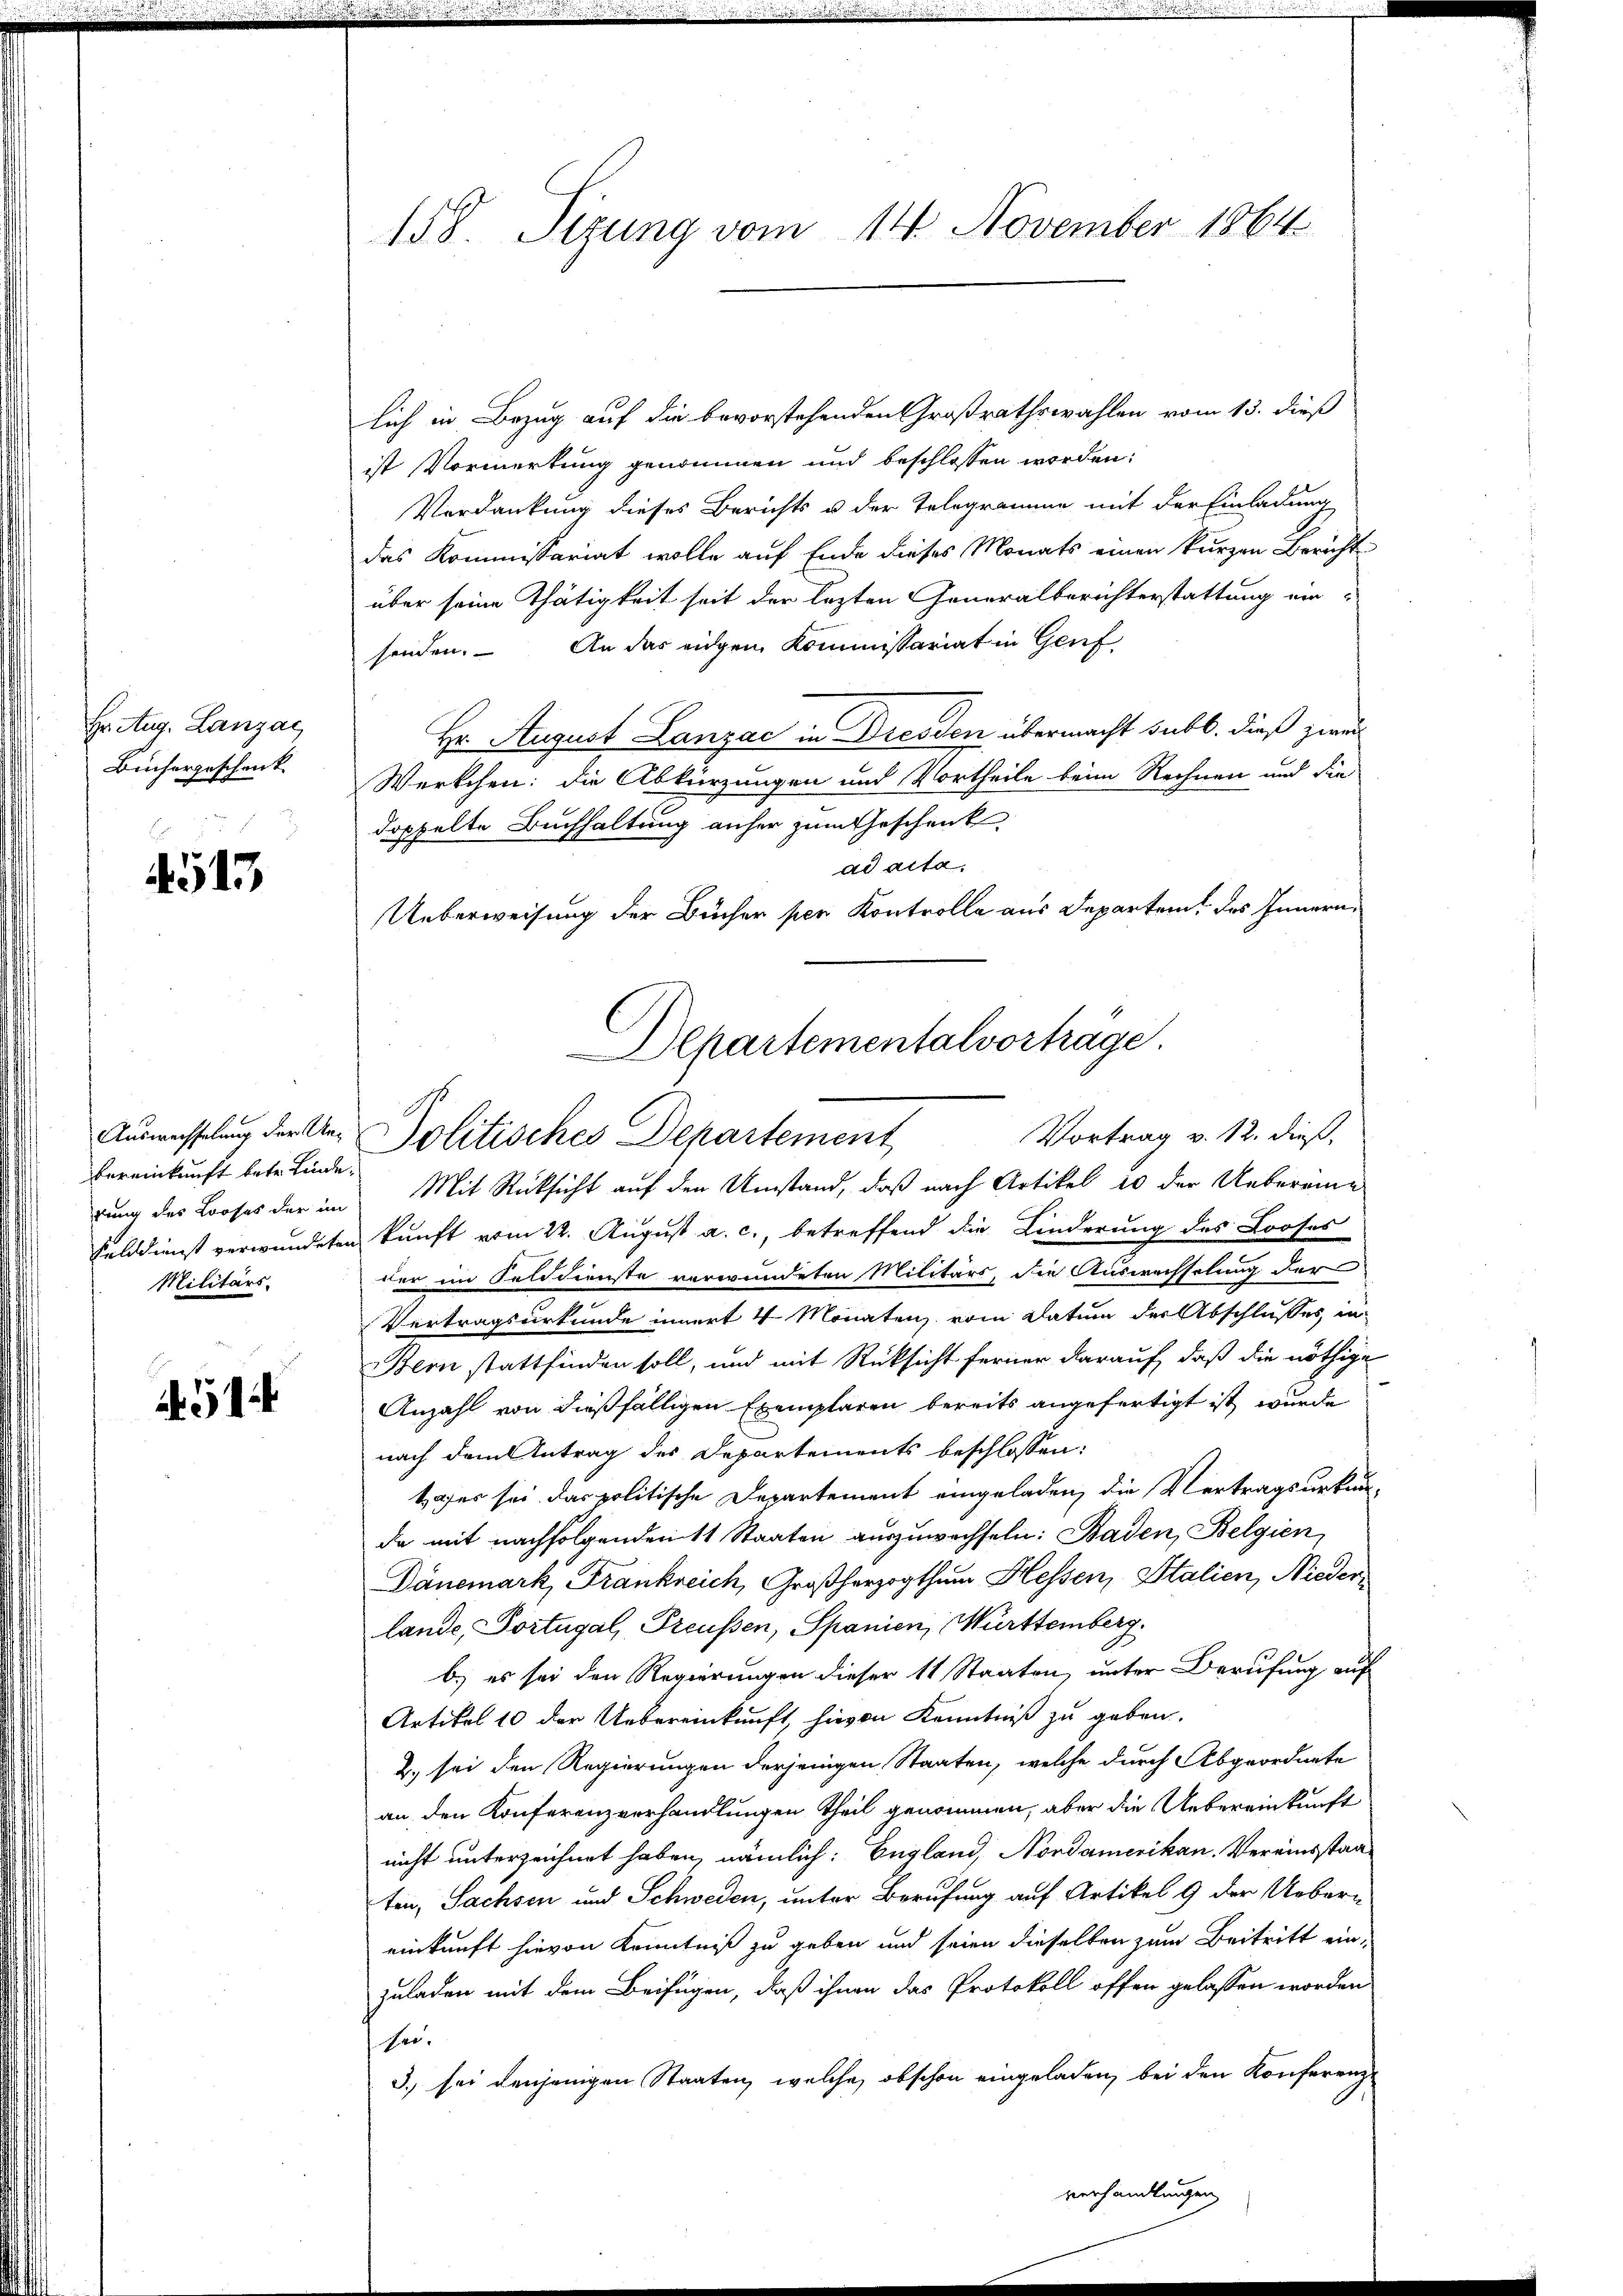
Hr. Aug. Lanzac
Büchergeschenk.

¬
513

Bereinkunft betr. Finde¬
Militärs.

51

158. Sizung vom 14. November 1864

lich in Bezug auf die bevorstehenden Großrathswahlen vom 13. dieß
ist Vormerkung genommen und beschlossen worden:
Verdankung dieses Berichts u der Telegramme mit der Einladung
das Kommissariat wolle auf Ende dieses Monats einen kurzen Bericht
über seine Thätigkeit seit der lezten Generalberichterstattung ein-
senden. An das eigen Kommissariat in Genf
Hr. August Lanzac in Dresden übermacht subt. dieß zwei
Werkchen: die Abkürzungen und Vortheile beim Rechnen und die
doppelte Buchhaltung anher zum Geschenk
ad acta,
Ueberweisung der Bücher per Kontrolle aus Departem des Innern,
rung des Looses der im Mit Rücksicht auf den Umstand, daß nach Artikel 10 der Uebereine
Felddienst verwundeten kunft vom 22. August a. c., betreffend die Linderung des Looses
der im Felddienste verwundeten Militärs, die Auswechselung der
Vertragsurkunde innert 4 Monaten vom Datum der Abschlusses in
Bern stattfinden soll, und mit Rücksicht ferner darauf, daß die nöthige
Anzahl von dießfälligen Exemplaren bereits angefertigt ist wurde
nach dem Antrag des Departements beschlossen:
tafer sei das politische Departement eingeladen, die Vertragsurkun-
da mit nachfolgenden 11 Staaten auszuwechseln: Baden, Belgien,
Dänemark, Frankreich, Großherzogthum Hessen, Stalien, Nieder
lande, Portugal, Preussen, Spanien, Württemberg.
b) es sei den Regierungen dieser 11 Staaten, unter Berufung auf
Artikel 10 der Uebereinkunft, hievon Kenntniß zu geben.
2.) sei den Regierungen derjenigen Staaten, welche durch Abgeordnete
an, den Konferenzverhandlungen theil genommen, aber die Uebereinkunft
nicht unterzeichnet haben, nämlich: England, Nordamerikan. Vereinsstaaten, Sachsen und Schweden, unter Berufung auf Artikel 9 der Uebereinkunft hievon Kenntniß zu geben und seien dieselben zum Beitritt einzuladen mit dem Beifügen, daß ihnen das Protokoll offen gelassen worden
sei.
3.) sei denjenigen Staaten, welche obschon eingeladen, bei den Konferenz
verhandlungen

Departementalvortrage.
Vortrag v. 12. dieß,
Auswechselung der Un- Politisches Departement